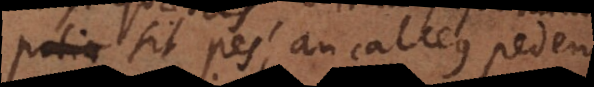
jor] sit pes an calceus pedem